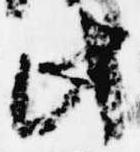
此